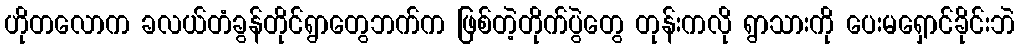
ဟိုတလောက ခလယ်တံခွန်တိုင်ရွာတွေဘက်က ဖြစ်တဲ့တိုက်ပွဲတွေ တုန်းကလို ရွာသားကို ပေးမရှောင်ခိုင်းဘဲ